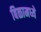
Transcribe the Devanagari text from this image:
बिळामध्ये